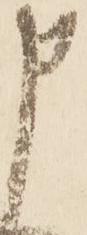
申